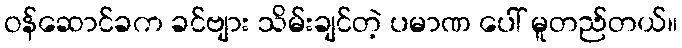
ဝန်ဆောင်ခက ခင်ဗျား သိမ်းချင်တဲ့ ပမာဏ ပေါ် မူတည်တယ်။